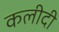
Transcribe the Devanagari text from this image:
कलीदी